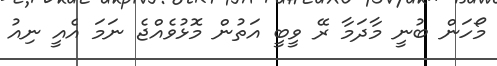
މޯހަން ބުނީ މާދަމާ ރޭ ވީބީ އަތުން މޮޅުވެއްޖެ ނަމަ އެއީ ނިއު